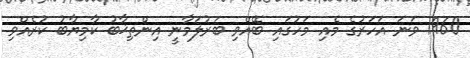
1960 ވަނަ އަހަރުގެ މެއި މަހުގައި ބޭއްވި ބަރުލަމާނީ އިންތިޚާބު ކާމިޔާބު ކުރެއްވި